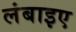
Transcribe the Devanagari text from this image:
लंबाइए